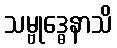
သမ္ဗုဒ္ဓေနာသိ